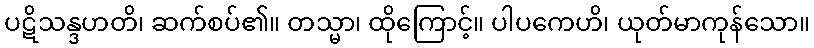
ပဋိသန္ဒဟတိ၊ ဆက်စပ်၏။ တသ္မာ၊ ထိုကြောင့်။ ပါပကေဟိ၊ ယုတ်မာကုန်သော။